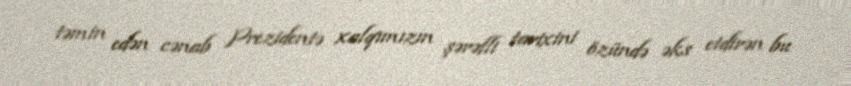
təmin edən cənab Prezidentə xalqımızın şərəfli tarixini özündə əks etdirən bu